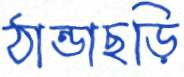
ঠান্ডাছড়ি